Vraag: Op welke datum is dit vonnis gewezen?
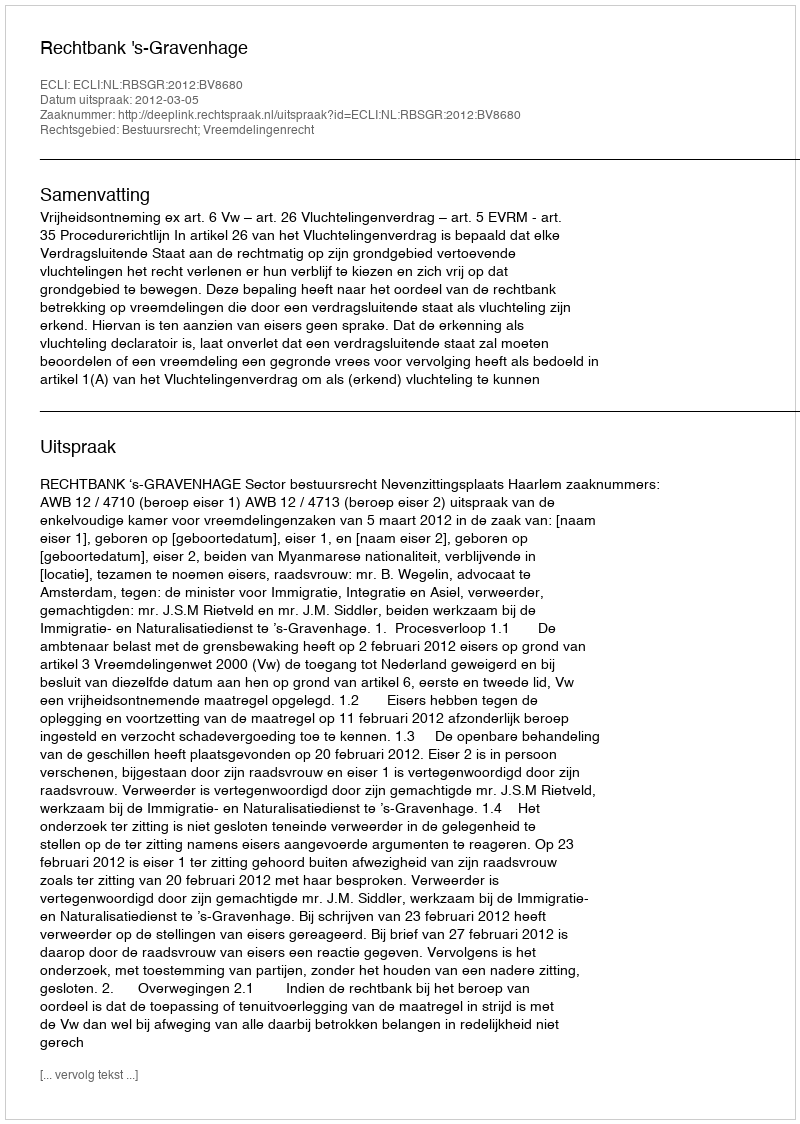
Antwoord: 2012-03-05